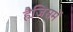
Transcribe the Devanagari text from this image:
हैजिसमें